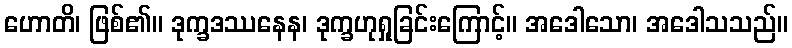
ဟောတိ၊ ဖြစ်၏။ ဒုက္ခဒဿနေန၊ ဒုက္ခဟုရှုခြင်းကြောင့်။ အဒေါသော၊ အဒေါသသည်။